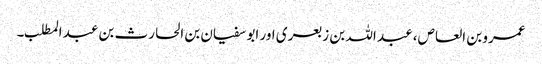
عمرو بن العاص، عبد اللہ بن زبعری اور ابو سفیان بن الحارث بن عبد المطلب۔